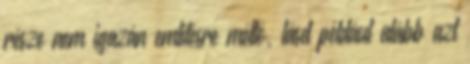
része nem igazán említésre méltó, lásd például alább azt